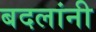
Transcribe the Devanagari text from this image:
बदलांनी